Document type: Grant of rights
Year: 1280
Scribe: Pere Marc
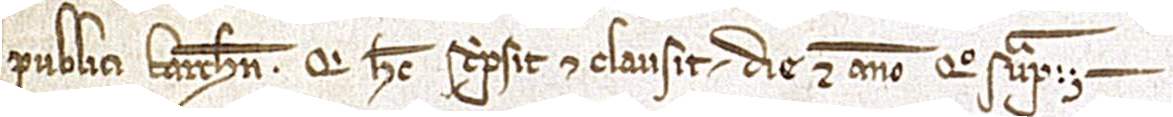
publici Barchinone, qui hec scripsit et clausit die et anno quo supra.